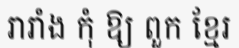
រារាំង កុំ ឱ្យ ពួក ខ្មែរ